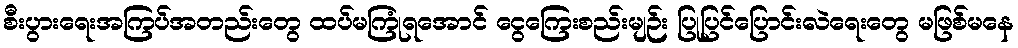
စီးပွားရေးအကြပ်အတည်းတွေ ထပ်မကြုံရအောင် ငွေကြေးစည်းမျဉ်း ပြုပြင်ပြောင်းလဲရေးတွေ မဖြစ်မနေ